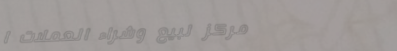
مركز لبيع وشراء العملات ا